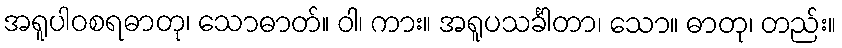
အရူပါဝစရဓာတု၊ သောဓာတ်။ ဝါ၊ ကား။ အရူပသင်္ခါတာ၊ သော။ ဓာတု၊ တည်း။